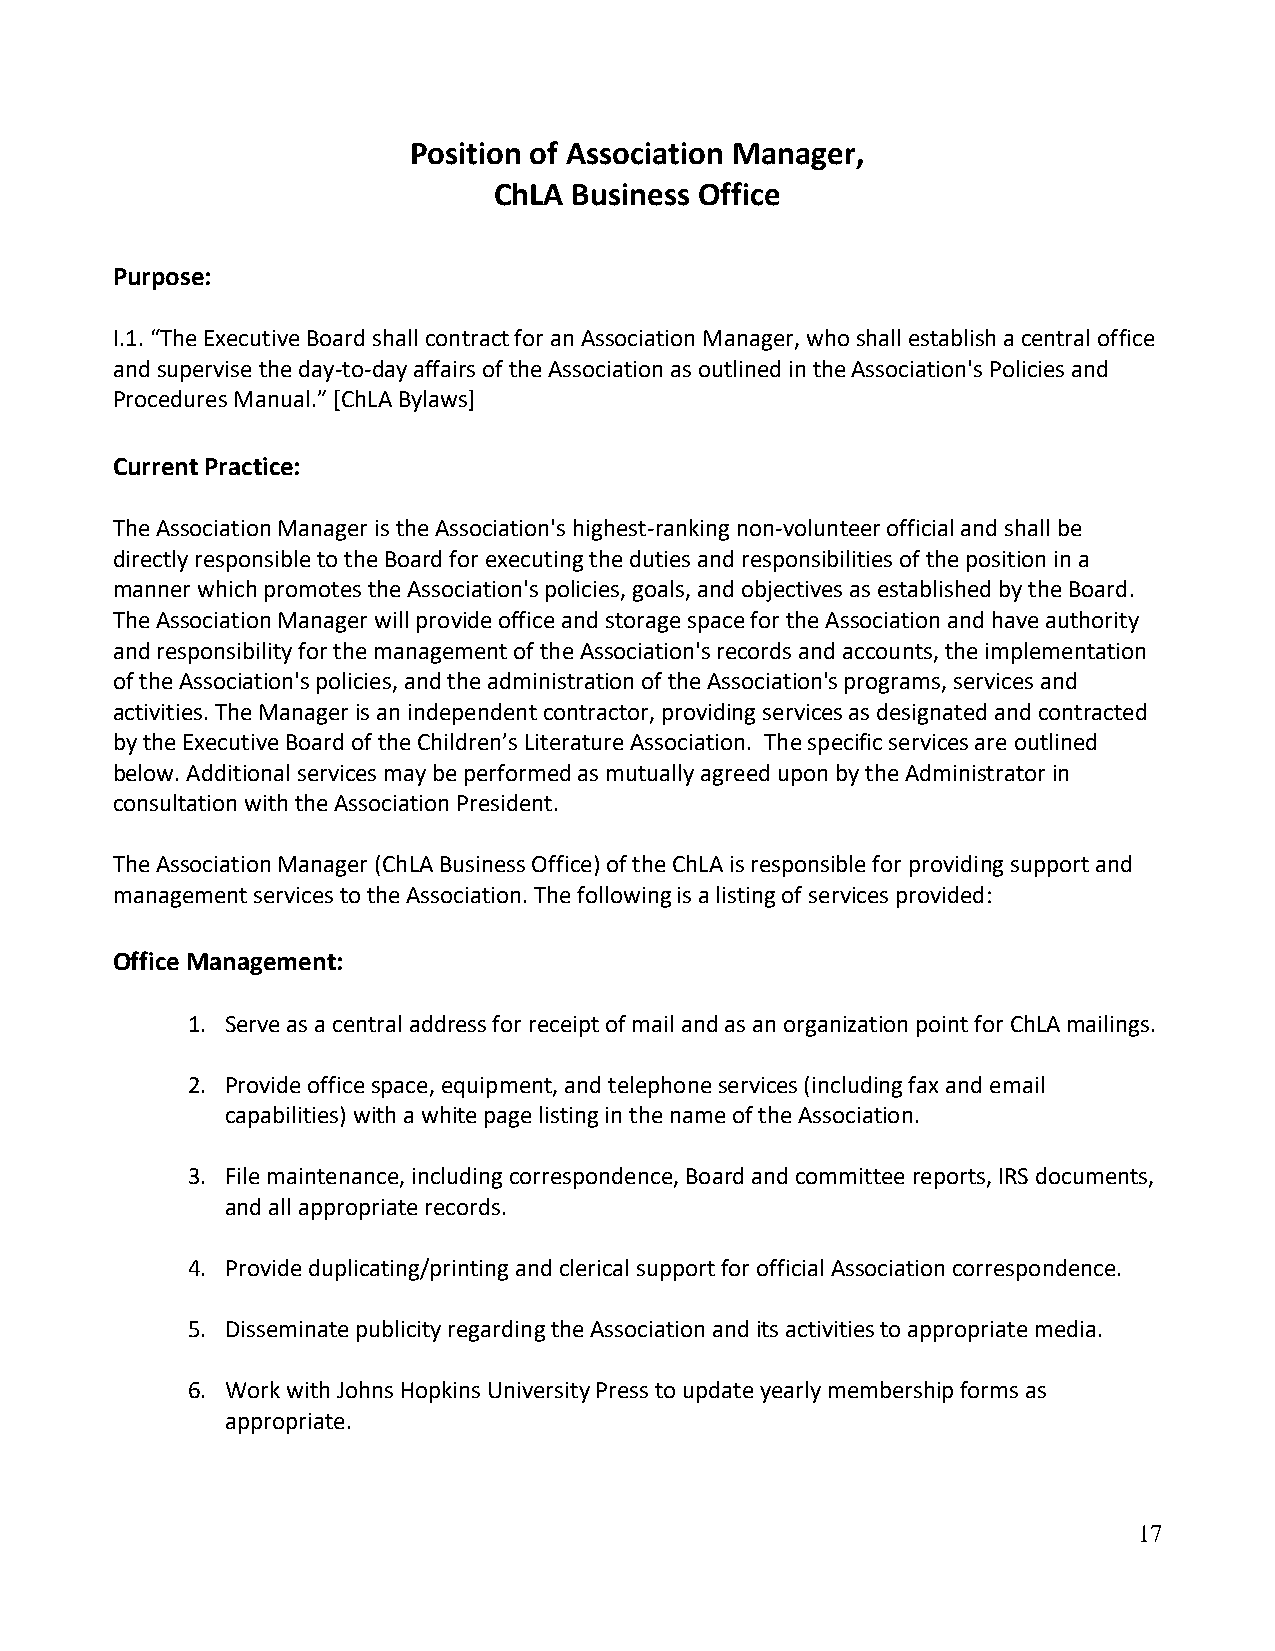
Position of Association Manager,
 ChLA Business Office
 Purpose:
 I.1. “The Executive Board shall contract for an Association Manager, who shall establish a central office
 and supervise the day-to-day affairs of the Association as outlined in the Association's Policies and
 Procedures Manual.” [ChLA Bylaws]
 Current Practice:
 The Association Manager is the Association's highest-ranking non-volunteer official and shall be
 directly responsible to the Board for executing the duties and responsibilities of the position in a
 manner which promotes the Association's policies, goals, and objectives as established by the Board.
 The Association Manager will provide office and storage space for the Association and have authority
 and responsibility for the management of the Association's records and accounts, the implementation
 of the Association's policies, and the administration of the Association's programs, services and
 activities. The Manager is an independent contractor, providing services as designated and contracted
 by the Executive Board of the Children’s Literature Association. The specific services are outlined
 below. Additional services may be performed as mutually agreed upon by the Administrator in
 consultation with the Association President.
 The Association Manager (ChLA Business Office) of the ChLA is responsible for providing support and
 management services to the Association. The following is a listing of services provided:
 Office Management:
 1. Serve as a central address for receipt of mail and as an organization point for ChLA mailings.
 2. Provide office space, equipment, and telephone services (including fax and email
 capabilities) with a white page listing in the name of the Association.
 3. File maintenance, including correspondence, Board and committee reports, IRS documents,
 and all appropriate records.
 4. Provide duplicating/printing and clerical support for official Association correspondence.
 5. Disseminate publicity regarding the Association and its activities to appropriate media.
 6. Work with Johns Hopkins University Press to update yearly membership forms as
 appropriate.
 17